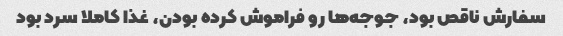
سفارش ناقص بود، جوجه‌ها رو فراموش کرده بودن، غذا کاملا سرد بود